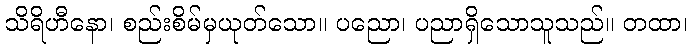
သိရိဟီနော၊ စည်းစိမ်မှယုတ်သော။ ပညော၊ ပညာရှိသောသူသည်။ တထာ၊